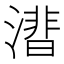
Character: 𣾝